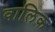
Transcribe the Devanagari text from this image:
वालिक